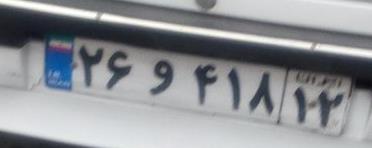
۲۶و۴۱۸۱۲